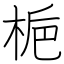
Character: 梔